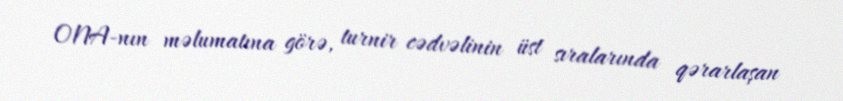
ONA-nın məlumatına görə, turnir cədvəlinin üst sıralarında qərarlaşan